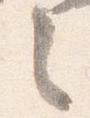
之